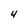
Character: 4